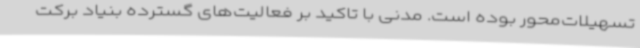
تسهیلات‌محور بوده است. مدنی با تاکید بر فعالیت‌های گسترده بنیاد برکت